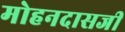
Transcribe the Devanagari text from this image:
मोहनदासजी